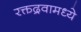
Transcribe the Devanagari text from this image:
रक्तद्रवामध्ये